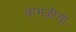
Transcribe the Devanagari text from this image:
बाभळीची